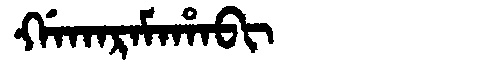
Manchu: ᡤᠠᡴᠠᡵᠠᠮᠠᡥᠠᠪᡳ
Romanization: GAKARAMAHABI